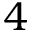
4